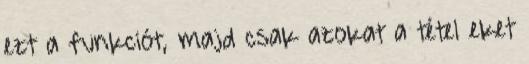
ezt a funkciót, majd csak azokat a tétel eket